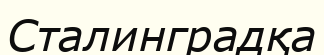
Сталинградқа